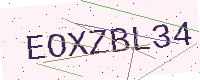
Text: EOXZBL34